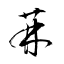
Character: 菻